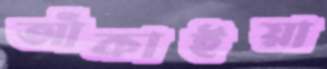
আঁকাইয়া